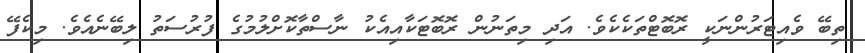
ތިބޭ ވެއިޓަރުންނަކީ ރޮބޮޓްތަކެކެވެ. އަދި މިތަނުން ރޮބޮޓަކާއިއެކު ނާސްތާކޮށްލުމުގެ ފުރުސަތުު ލިބޭނެއެވެ. މިކެފޭ